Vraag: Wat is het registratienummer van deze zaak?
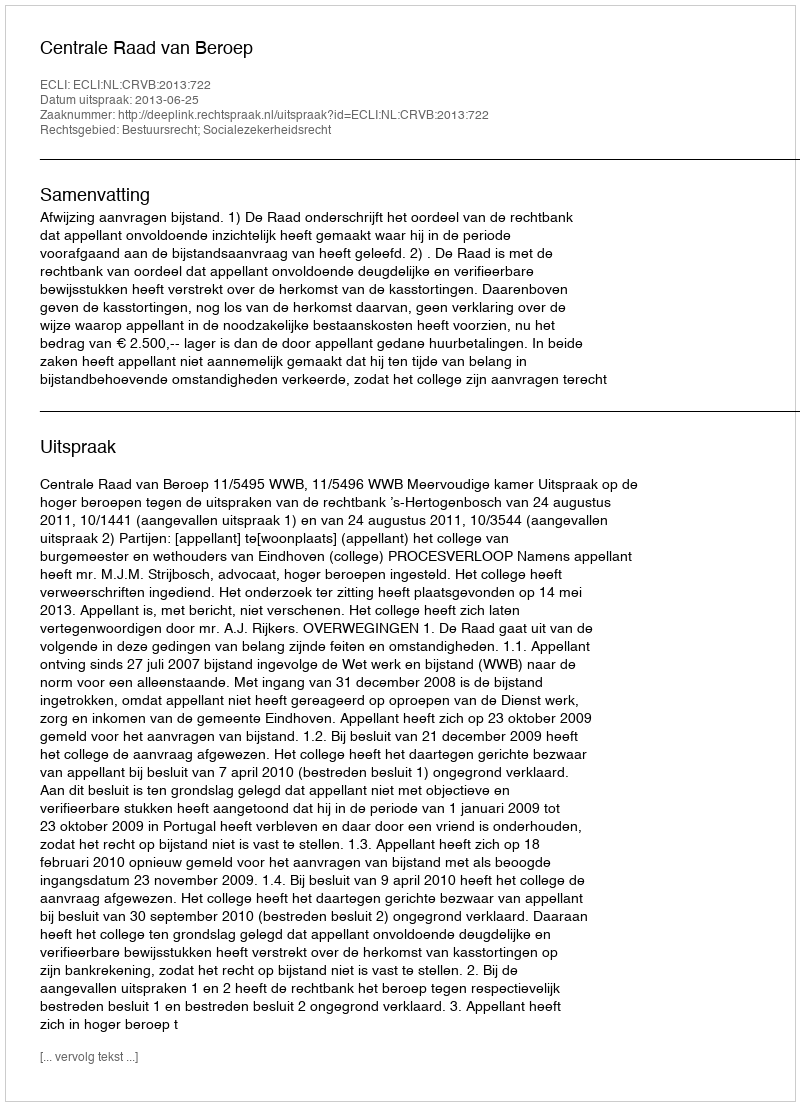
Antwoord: http://deeplink.rechtspraak.nl/uitspraak?id=ECLI:NL:CRVB:2013:722